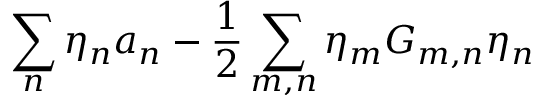
\sum _ { n } \eta _ { n } a _ { n } - \frac { 1 } { 2 } \sum _ { m , n } \eta _ { m } G _ { m , n } \eta _ { n }